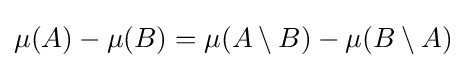
\mu (A)-\mu (B)=\mu (A\setminus B)-\mu (B\setminus A)